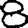
Digit: 8